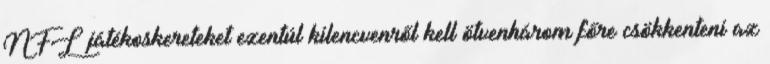
NFL játékoskereteket ezentúl kilencvenről kell ötvenhárom főre csökkenteni az